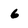
Character: 6